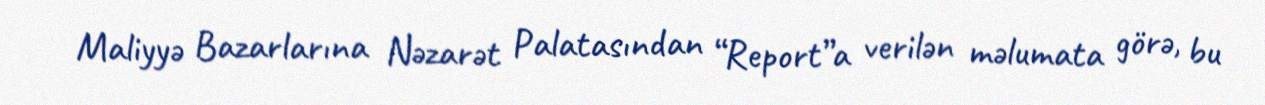
Maliyyə Bazarlarına Nəzarət Palatasından “Report”a verilən məlumata görə, bu